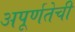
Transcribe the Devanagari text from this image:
अपूर्णतेची